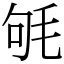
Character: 㲒